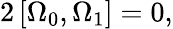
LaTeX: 2\left[\Omega_{0},\Omega_{1}\right]=0,